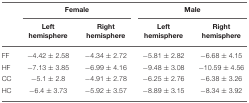
<table><thead><tr><td></td><td colspan="2"><b>Female</b></td><td colspan="2"><b>Male</b></td></tr><tr><td></td><td><b>Left hemisphere</b></td><td><b>Right hemisphere</b></td><td><b>Left hemisphere</b></td><td><b>Right hemisphere</b></td></tr></thead><tbody><tr><td>FF</td><td>−4.42 ± 2.58</td><td>−4.34 ± 2.72</td><td>−5.81 ± 2.82</td><td>−6.68 ± 4.15</td></tr><tr><td>HF</td><td>−7.13 ± 3.85</td><td>−6.99 ± 4.16</td><td>−9.48 ± 3.08</td><td>−10.59 ± 4.56</td></tr><tr><td>CC</td><td>−5.1 ± 2.8</td><td>−4.91 ± 2.78</td><td>−6.25 ± 2.76</td><td>−6.38 ± 3.26</td></tr><tr><td>HC</td><td>−6.4 ± 3.73</td><td>−5.92 ± 3.57</td><td>−8.89 ± 3.15</td><td>−8.34 ± 3.92</td></tr></tbody></table>